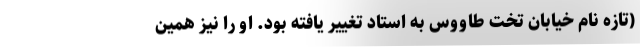
(تازه نام خیابان تخت طاووس به استاد تغییر یافته بود. او را نیز همین